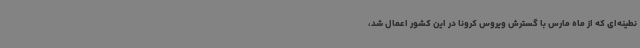
نطینه‌ای که از ماه مارس با گسترش ویروس کرونا در این کشور اعمال شد،‌